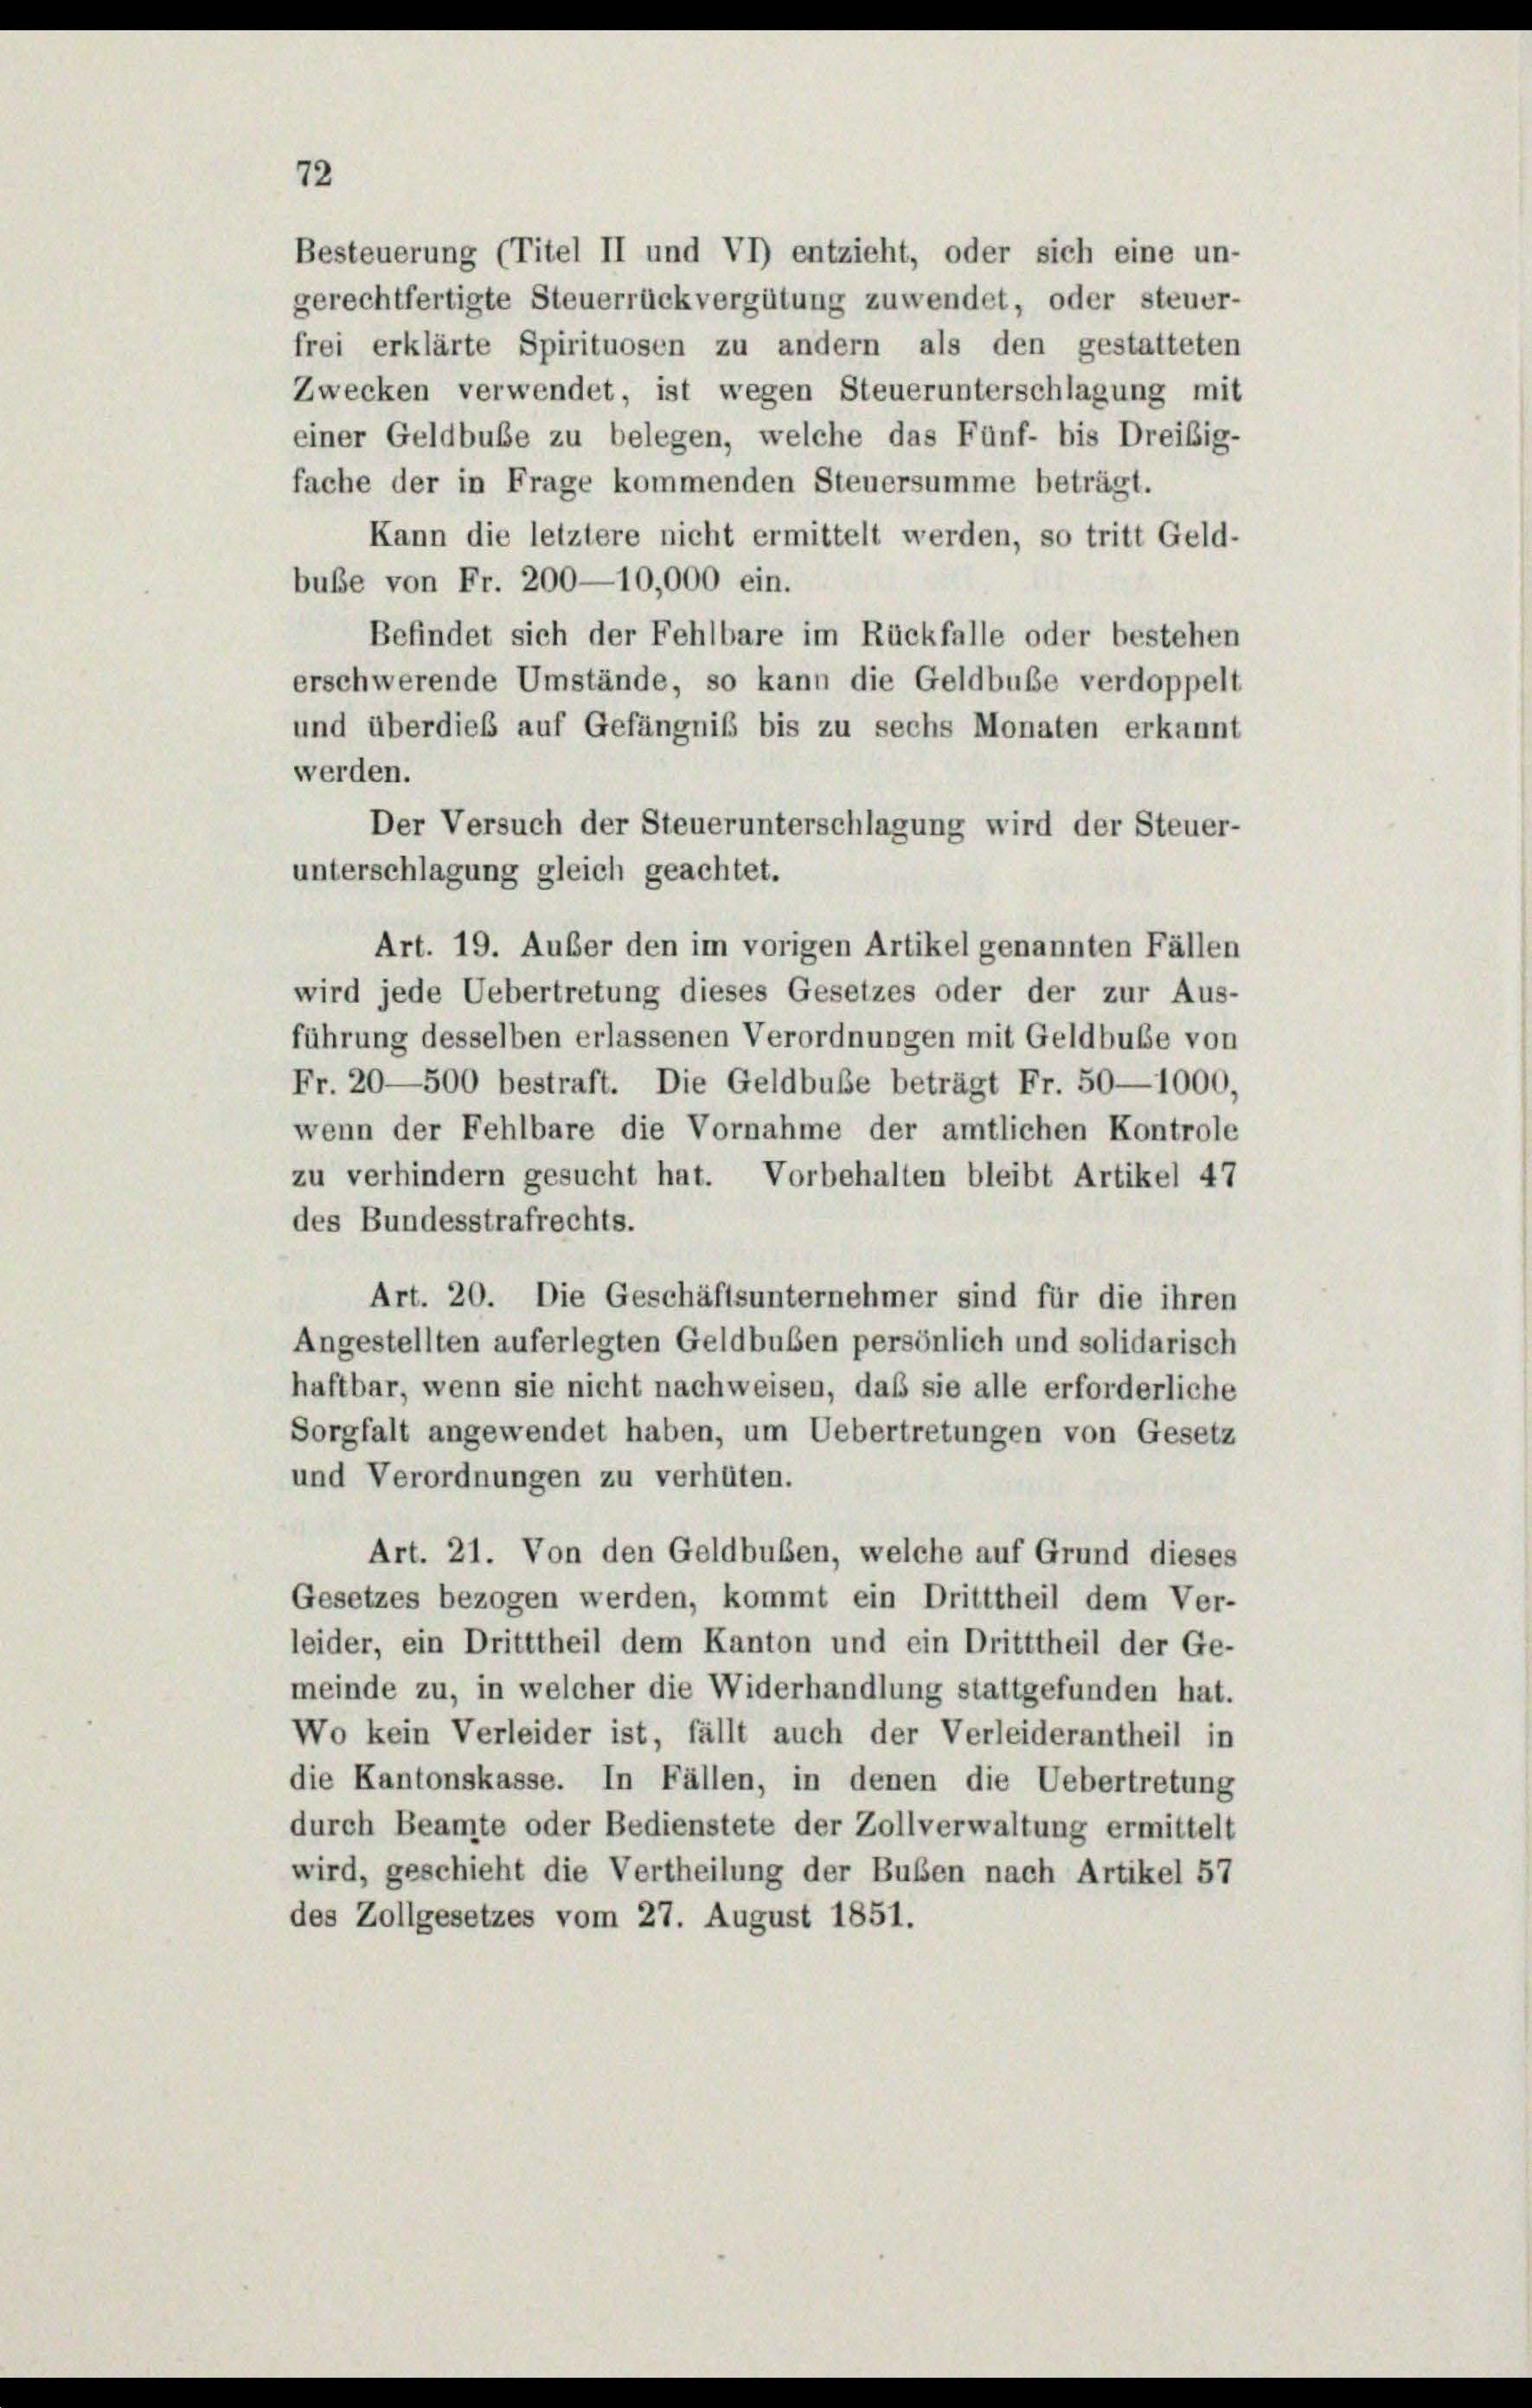
72

Besteuerung (Titel II und VI) entzieht, oder sich eine un-
gerechtfertigte Steuerrückvergütung zuwendet, oder steuer-
frei erklärte Spirituosen zu andern als den gestatteten
Zwecken verwendet, ist wegen Steuerunterschlagung mit
einer Geldbuße zu belegen, welche das Fünf- bis Dreißig-
fache der in Frage kommenden Steuersumme beträgt.
Kann die letztere nicht ermittelt werden, so tritt Geld-
buße von Fr. 200—10,000 ein.
Befindet sich der Fehlbare im Rückfalle oder bestehen
erschwerende Umstände, so kann die Geldbuße verdoppelt
und überdieß auf Gefängniß bis zu sechs Monaten erkannt
werden.
Der Versuch der Steuerunterschlagung wird der Steuer-
unterschlagung gleich geachtet.
Art. 19. Außer den im vorigen Artikel genannten Fällen
wird jede Uebertretung dieses Gesetzes oder der zur Aus-
führung desselben erlassenen Verordnungen mit Geldbuße von
Fr. 20—500 bestraft. Die Geldbuße beträgt Fr. 50—1000,
wenn der Fehlbare die Vornahme der amtlichen Kontrole
zu verhindern gesucht hat. Vorbehalten bleibt Artikel 47
des Bundesstrafrechts.
Art. 20. Die Geschäftsunternehmer sind für die ihren
Angestellten auferlegten Geldbuben persönlich und solidarisch
haftbar, wenn sie nicht nachweisen, daß sie alle erforderliche
Sorgfalt angewendet haben, um Uebertretungen von Gesetz
und Verordnungen zu verhüten.
Art. 21. Von den Geldbußen, welche auf Grund dieses
Gesetzes bezogen werden, kommt ein Dritttheil dem Ver-
leider, ein Dritttheil dem Kanton und ein Dritttheil der Ge-
meinde zu, in welcher die Widerhandlung stattgefunden hat.
Wo kein Verleider ist, fällt auch der Verleiderantheil in
die Kantonskasse. In Fällen, in denen die Uebertretung
durch Beamte oder Bedienstete der Zollverwaltung ermittelt
wird, geschieht die Vertheilung der Buben nach Artikel 57
des Zollgesetzes vom 27. August 1851.